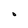
Character: O